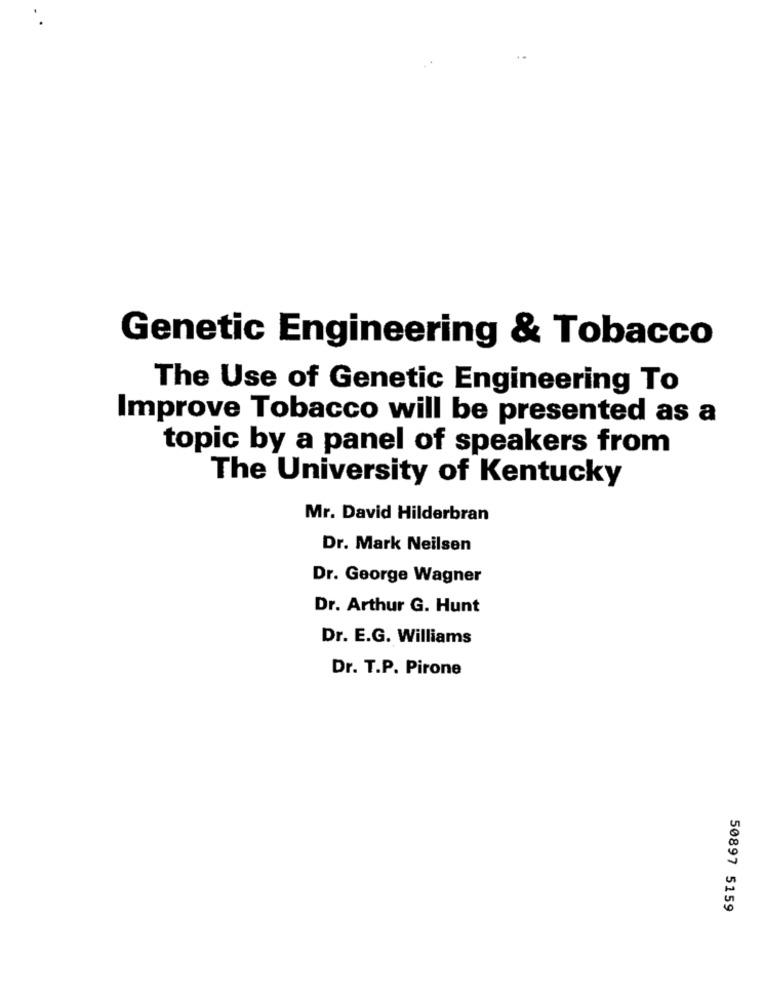
Genetic Engineering & Tobacco
The Use of Genetic Engineering To
Improve Tobacco will be presented as a
topic by a panel of speakers from
The University of Kentucky
Mr. David Hilderbran
Dr. Mark Neilsen
Dr. George Wagner
Dr. Arthur G. Hunt
Dr. E.G. Williams
Dr. T.P. Pirone
50897 5159